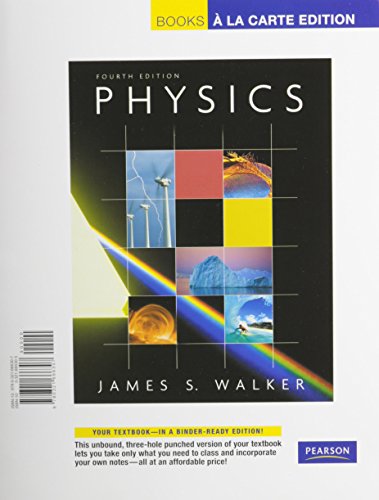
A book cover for Guidelines for Safe Automation of Chemical Processes; CCPS (Center for Chemical Process Safety); Science & Math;